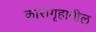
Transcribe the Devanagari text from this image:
कारागृहातील